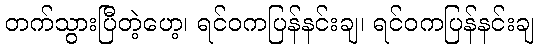
တက်သွားပြီတဲ့ဟေ့၊ ရင်ဝကပြန်နင်းချ၊ ရင်ဝကပြန်နင်းချ